Report on the Civil Veterinary Department, Eastern Bengal and Assam - 1907-1911
Year: 1907
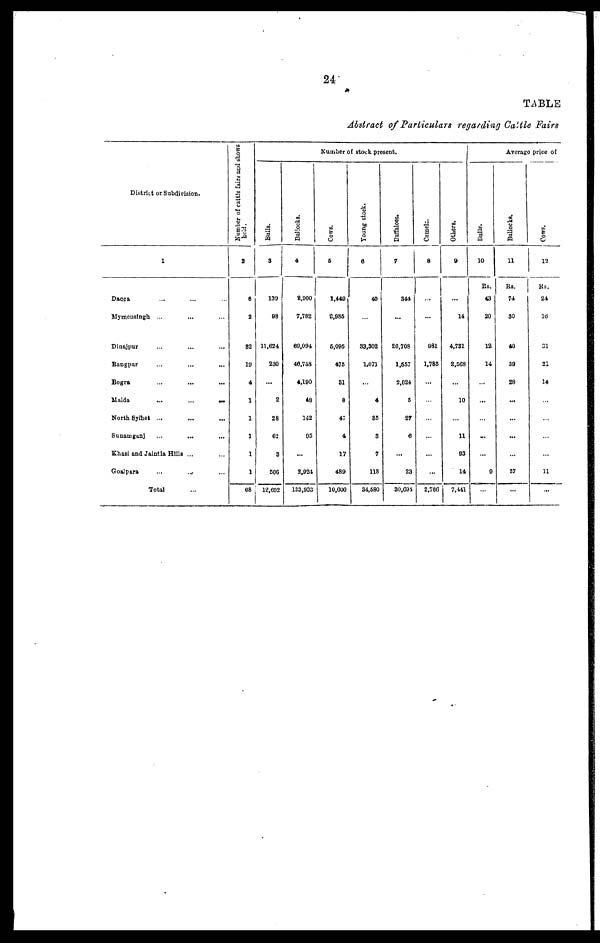
24
TABLE
Abstract of Particulars regarding Cattle Fairs
District or Subdivision.
1
Dacca … … …
Mymensingh ... … …
Dinajpur … … …
Rangpar … … …
Bogra
...
...
...
Malda
...
... …
North Sylhet ... … …
Sunamganj
...
... …
Khasi and Jaintia Hills ... …
Goalpara
... … …
Total …
Number of cattle fairs and shows
held.
2
6
2
82
19
4
1
1
1
1
1
68
Number of stock present.
Bulls.
3
139
98
11,624
230
...
2
28
62
3
506
12,692
Bullocks.
4
2,900
7,782
69,094
46,758
4,190
48
142
95
...
2,924
133,933
Cows.
6
1,449
2,985
5,095
475
81
8
47
4
17
489
10,000
Young stock.
6
40
…
33,302
1,071
…
4
35
3
7
118
34,680
Buffaloes.
7
341
…
26,708
1,657
2,024
5
27
6
...
23
30,694
Camels
8
...
...
981
1,785
...
…
...
...
...
...
2,766
Others.
9
…
14
4,731
2,568
...
10
…
11
93
14
7,441
Average price of
Bulls.
10
Rs.
43
20
12
14
…
...
…
...
...
9
…
Bullocks.
11
Rs.
74
30
40
39
28
...
…
...
…
37
...
Cows.
12
Rs.
21
16
31
21
14
…
…
…
…
11
...